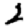
Digit: 2